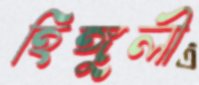
হিঙ্গুলী